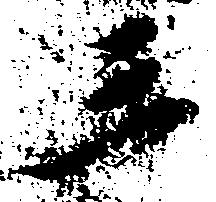
三